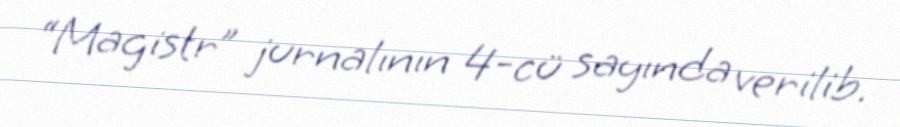
“Magistr” jurnalının 4-cü sayında verilib.